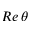
R e \, \theta